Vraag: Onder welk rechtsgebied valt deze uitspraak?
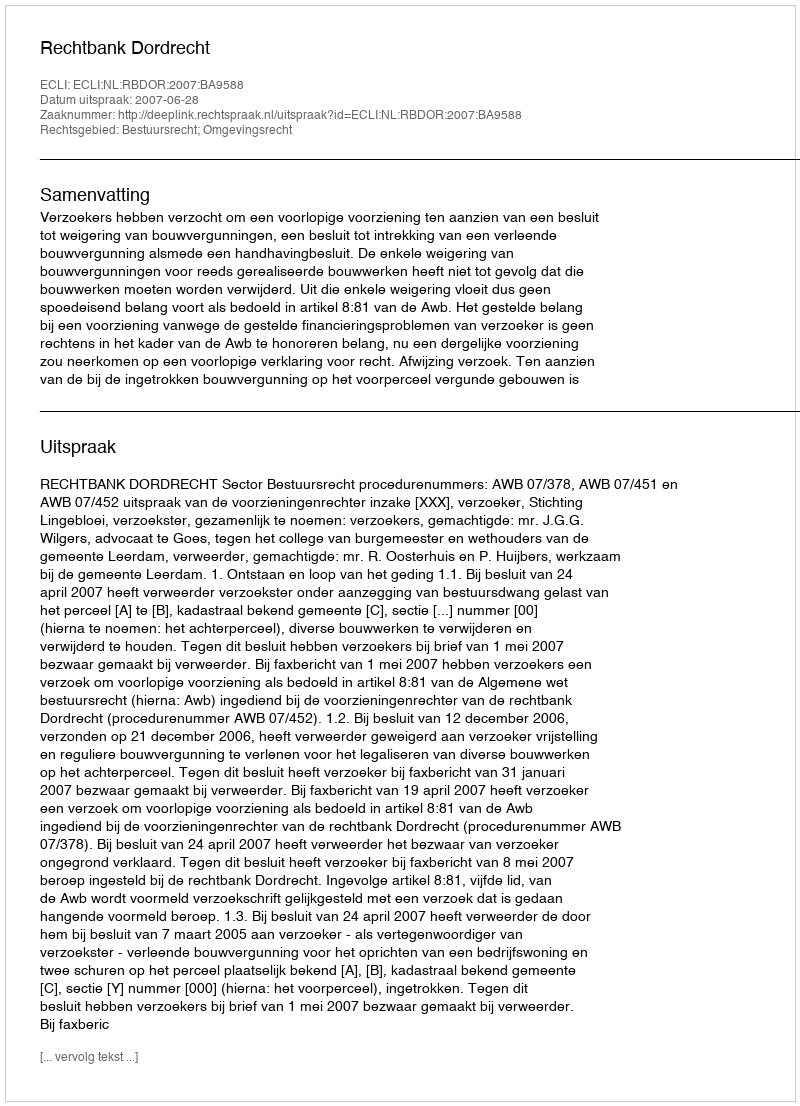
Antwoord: Bestuursrecht; Omgevingsrecht